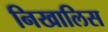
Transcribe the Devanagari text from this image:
निखालिस